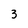
Character: 3